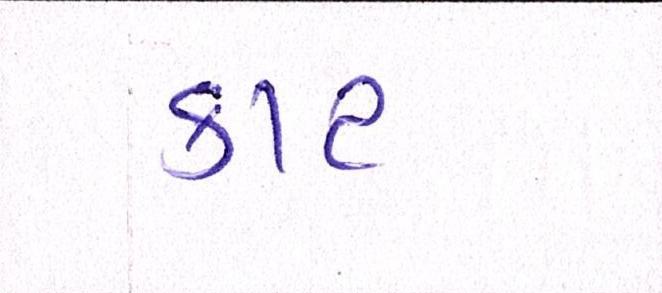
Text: કાટ